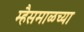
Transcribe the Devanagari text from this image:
म्हैसमाळच्या